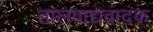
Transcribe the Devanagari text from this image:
तालवाद्यवादक